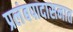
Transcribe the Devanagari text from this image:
प्रलंबपादासनात